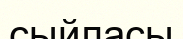
сыйласы